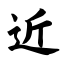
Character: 近